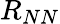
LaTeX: R_{NN}